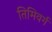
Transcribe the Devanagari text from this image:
तिमिवर्ग